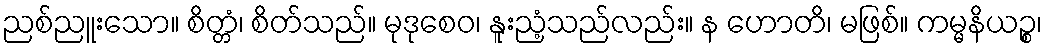
ညစ်ညူးသော။ စိတ္တံ၊ စိတ်သည်။ မုဒုစေဝ၊ နူးညံ့သည်လည်း။ န ဟောတိ၊ မဖြစ်။ ကမ္မနိယဉ္စ၊